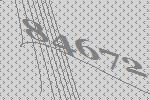
84672